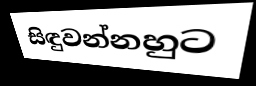
සිඳුවන්නහුට